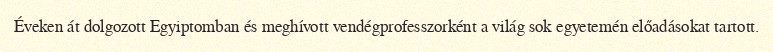
Éveken át dolgozott Egyiptomban és meghívott vendégprofesszorként a világ sok egyetemén előadásokat tartott.